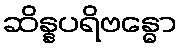
ဆိန္နပရိဗန္ဓော